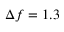
\Delta f = 1 . 3